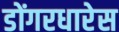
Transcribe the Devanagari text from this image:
डोंगरधारेस